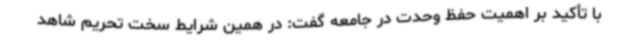
با تأکید بر اهمیت حفظ وحدت در جامعه گفت: در همین شرایط سخت تحریم شاهد